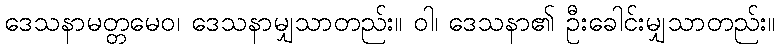
ဒေသနာမတ္တမေဝ၊ ဒေသနာမျှသာတည်း။ ဝါ၊ ဒေသနာ၏ ဦးခေါင်းမျှသာတည်း။